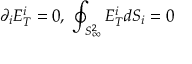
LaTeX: \partial _ { i } E _ { T } ^ { i } = 0 , \; \oint _ { S _ { \infty } ^ { 2 } } E _ { T } ^ { i } d S _ { i } = 0